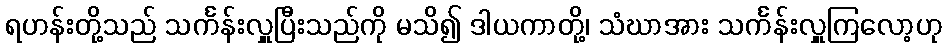
ရဟန်းတို့သည် သင်္ကန်းလှူပြီးသည်ကို မသိ၍ ဒါယကာတို့၊ သံဃာအား သင်္ကန်းလှူကြလော့ဟု